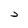
Character: j